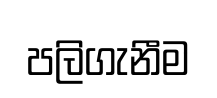
පලිගැනීම